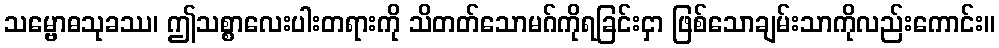
သမ္ဗောဓသုခဿ၊ ဤသစ္စာလေးပါးတရားကို သိတတ်သောမဂ်ကိုရခြင်းငှာ ဖြစ်သောချမ်းသာကိုလည်းကောင်း။